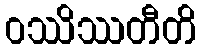
ဝဿိဿတီတိ